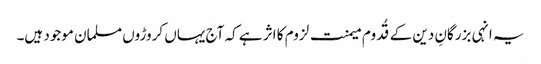
یہ انہی بزرگانِ دین کے قُدوم میمنت لزوم کا اثر ہے کہ آج یہاں کروڑوں مسلمان موجود ہیں۔